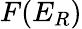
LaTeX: F(E_{R})